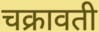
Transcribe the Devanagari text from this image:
चक्रावती